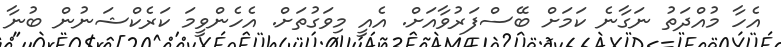
އެހާ މުއްދަތު ނަގާނެ ކަމަށް ބޭސްފަރުވާއަށް. އެއީ މިވަގުތަށް. އެހެންވީމަ ކަރެކްޝަނުން ބުނާ